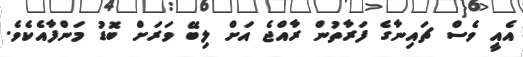
އެއީ ވެސް ޗައިނާގެ ފަރާތުން ރާއްޖެ އަށް ލިބޭ ވަރަށް ބޮޑު މަންފާއެކެވެ.